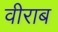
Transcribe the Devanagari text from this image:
वीराब